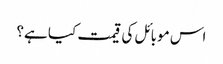
اس موبائل کی قیمت کیا ہے؟